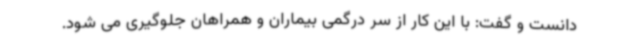
دانست و گفت: با این کار از سر درگمی بیماران و همراهان جلوگیری می شود.